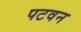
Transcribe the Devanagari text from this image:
पटवन